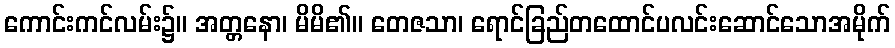
ကောင်းကင်လမ်း၌။ အတ္တနော၊ မိမိ၏။ တေဇသာ၊ ရောင်ခြည်တထောင်ပလင်းဆောင်သောအမိုက်